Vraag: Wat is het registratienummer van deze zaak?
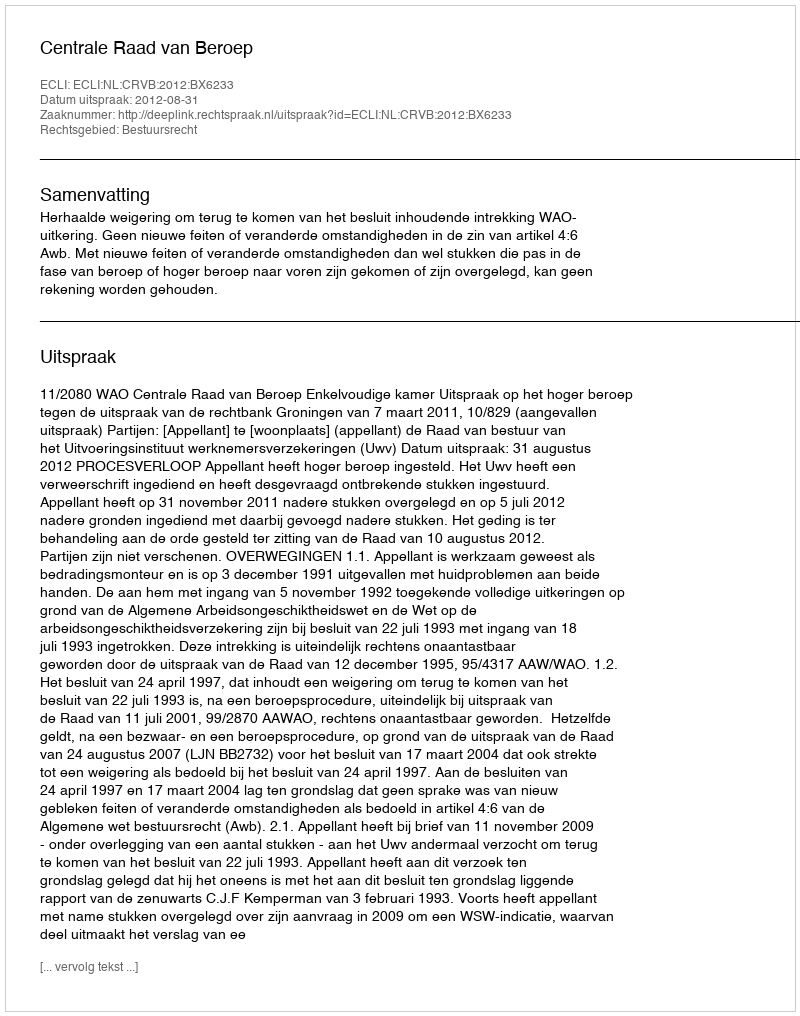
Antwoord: http://deeplink.rechtspraak.nl/uitspraak?id=ECLI:NL:CRVB:2012:BX6233